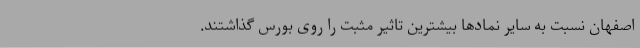
اصفهان نسبت به سایر نمادها بیشترین تاثیر مثبت را روی بورس گذاشتند.